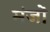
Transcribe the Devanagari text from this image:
मंजों